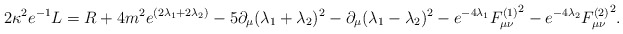
\begin{align*}2\kappa^{2}e^{-1}L = R +4m^2e^{(2\lambda_{1}+2\lambda_{2})} - 5\partial_{\mu}(\lambda_{1}+\lambda_{2})^2 - \partial_{\mu}(\lambda_{1}-\lambda_{2})^2 - e^{-4\lambda_{1}}{F_{\mu\nu}^{(1)}}^{2}- e^{-4\lambda_{2}}{F_{\mu\nu}^{(2)}}^{2}.\end{align*}